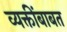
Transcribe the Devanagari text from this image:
व्यक्तींबाबत